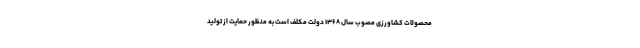
محصولات کشاورزی مصوب سال ۱۳۶۸ دولت مکلف است به منظور حمایت از تولید